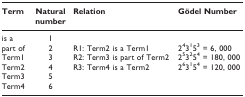
<table><thead><tr><td><b>Term</b></td><td><b>Natural number</b></td><td><b>Relation</b></td><td><b>Gödel Number</b></td></tr></thead><tbody><tr><td>is a</td><td>1</td><td></td><td></td></tr><tr><td>part of</td><td>2</td><td>R1: Term2 is a Term1</td><td>2<sup>4</sup>3<sup>1</sup>5<sup>3 </sup>= 6, 000</td></tr><tr><td>Term1</td><td>3</td><td>R2: Term3 is part of Term2</td><td>2<sup>5</sup>3<sup>2</sup>5<sup>4 </sup>= 180, 000</td></tr><tr><td>Term2</td><td>4</td><td>R3: Term4 is a Term2</td><td>2<sup>6</sup>3<sup>1</sup>5<sup>4 </sup>= 120, 000</td></tr><tr><td>Term3</td><td>5</td><td></td><td></td></tr><tr><td>Term4</td><td>6</td><td></td><td></td></tr></tbody></table>